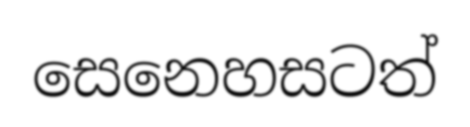
සෙනෙහසටත්